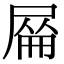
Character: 𡲜